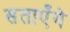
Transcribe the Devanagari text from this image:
सताएँगे